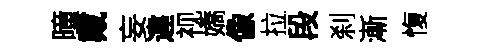
曈戴妄違视嬌像拉段刹漸愎